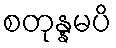
စတုန္နမပိ